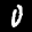
Label: 0